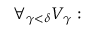
\forall _ { \gamma < \delta } { V _ { \gamma } : }